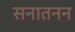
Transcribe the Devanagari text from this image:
सनातनन